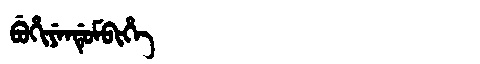
Manchu: ᠪᡠᡥᡳᠶᡝᠨᡩᡠᠮᠪᡳᡥᡝ
Romanization: BUHIYENDUMBIHE